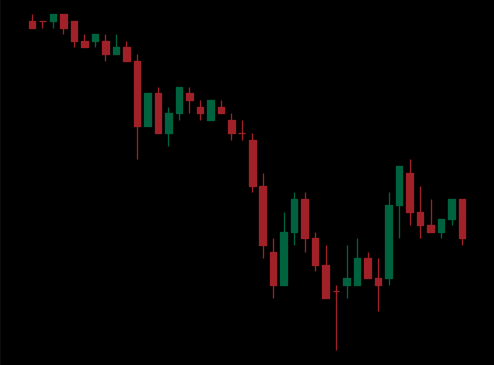
Pattern: bull_flag